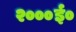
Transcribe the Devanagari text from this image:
२०००ई०